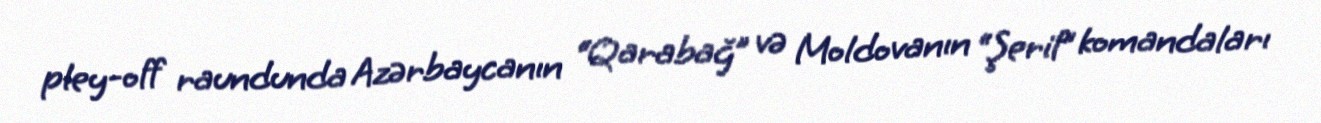
pley-off raundunda Azərbaycanın “Qarabağ” və Moldovanın “Şerif” komandaları